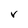
Character: V